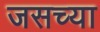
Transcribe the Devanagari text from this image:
जसच्या